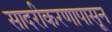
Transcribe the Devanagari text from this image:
सादरीकरणापासून